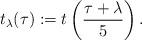
LaTeX: \begin{align*}t_{\lambda}(\tau):=t\left(\frac{\tau+\lambda}{5}\right).\end{align*}